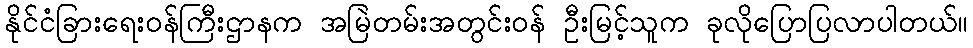
နိုင်ငံခြားရေးဝန်ကြီးဌာနက အမြဲတမ်းအတွင်းဝန် ဦးမြင့်သူက ခုလိုပြောပြလာပါတယ်။